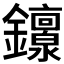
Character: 𬬟